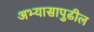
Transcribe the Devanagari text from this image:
अभ्यासापुढील